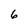
Character: 6